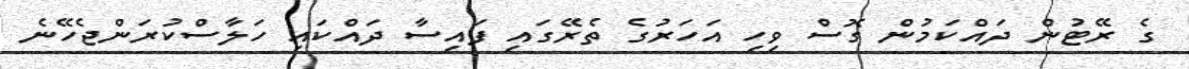
ގެ ރޭޓުން ދައްކަމުން ގޮސް ވިހި އަހަރުގެ ތެރޭގައި ފައިސާ ދައްކައި ހަލާސްކުރަންޖެހޭނެ